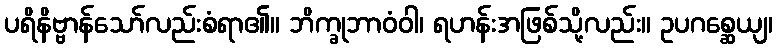
ပရိနိဗ္ဗာန်သော်လည်းစံရာ၏။ ဘိက္ခုဘာဝံဝါ၊ ရဟန်းအဖြစ်သို့လည်း။ ဥပဂစ္ဆေယျ၊